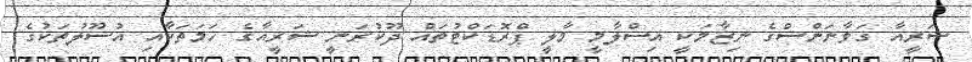
ޝަރީއާ ގަވާނަންސްގެ ނިޒާމަކީ އިސްލާމީ މާލީ ޕްރޮޑަކްޓުތައް ދޫކުރަނީ ޝަރީއާގެ ހަމަތަކާއި އުސޫލުތަކުގެ